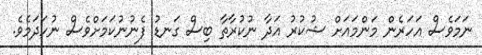
ނަމަވެސް އަހަރެން މަންމައަށް ޝުކުރު އަދާ ނުކުރާތާ ބިސް ގަނޑު ފެނުނުކަމަށްވެސް ނުހަދަމެވެ.